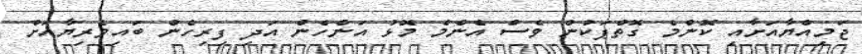
ޖަމިއްޔާއަށާއި ކޮންމެ ގޮތްޕަކުން ވެސް އެންމެ މޮޅު އަންހެން އަދި ފިރިހެން ބައިވެރިޔާއަށް